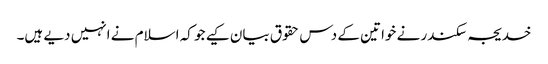
خدیجہ سکندر نے خواتین کے دس حقوق بیان کیے جو کہ اسلام نے انہیں دیے ہیں۔